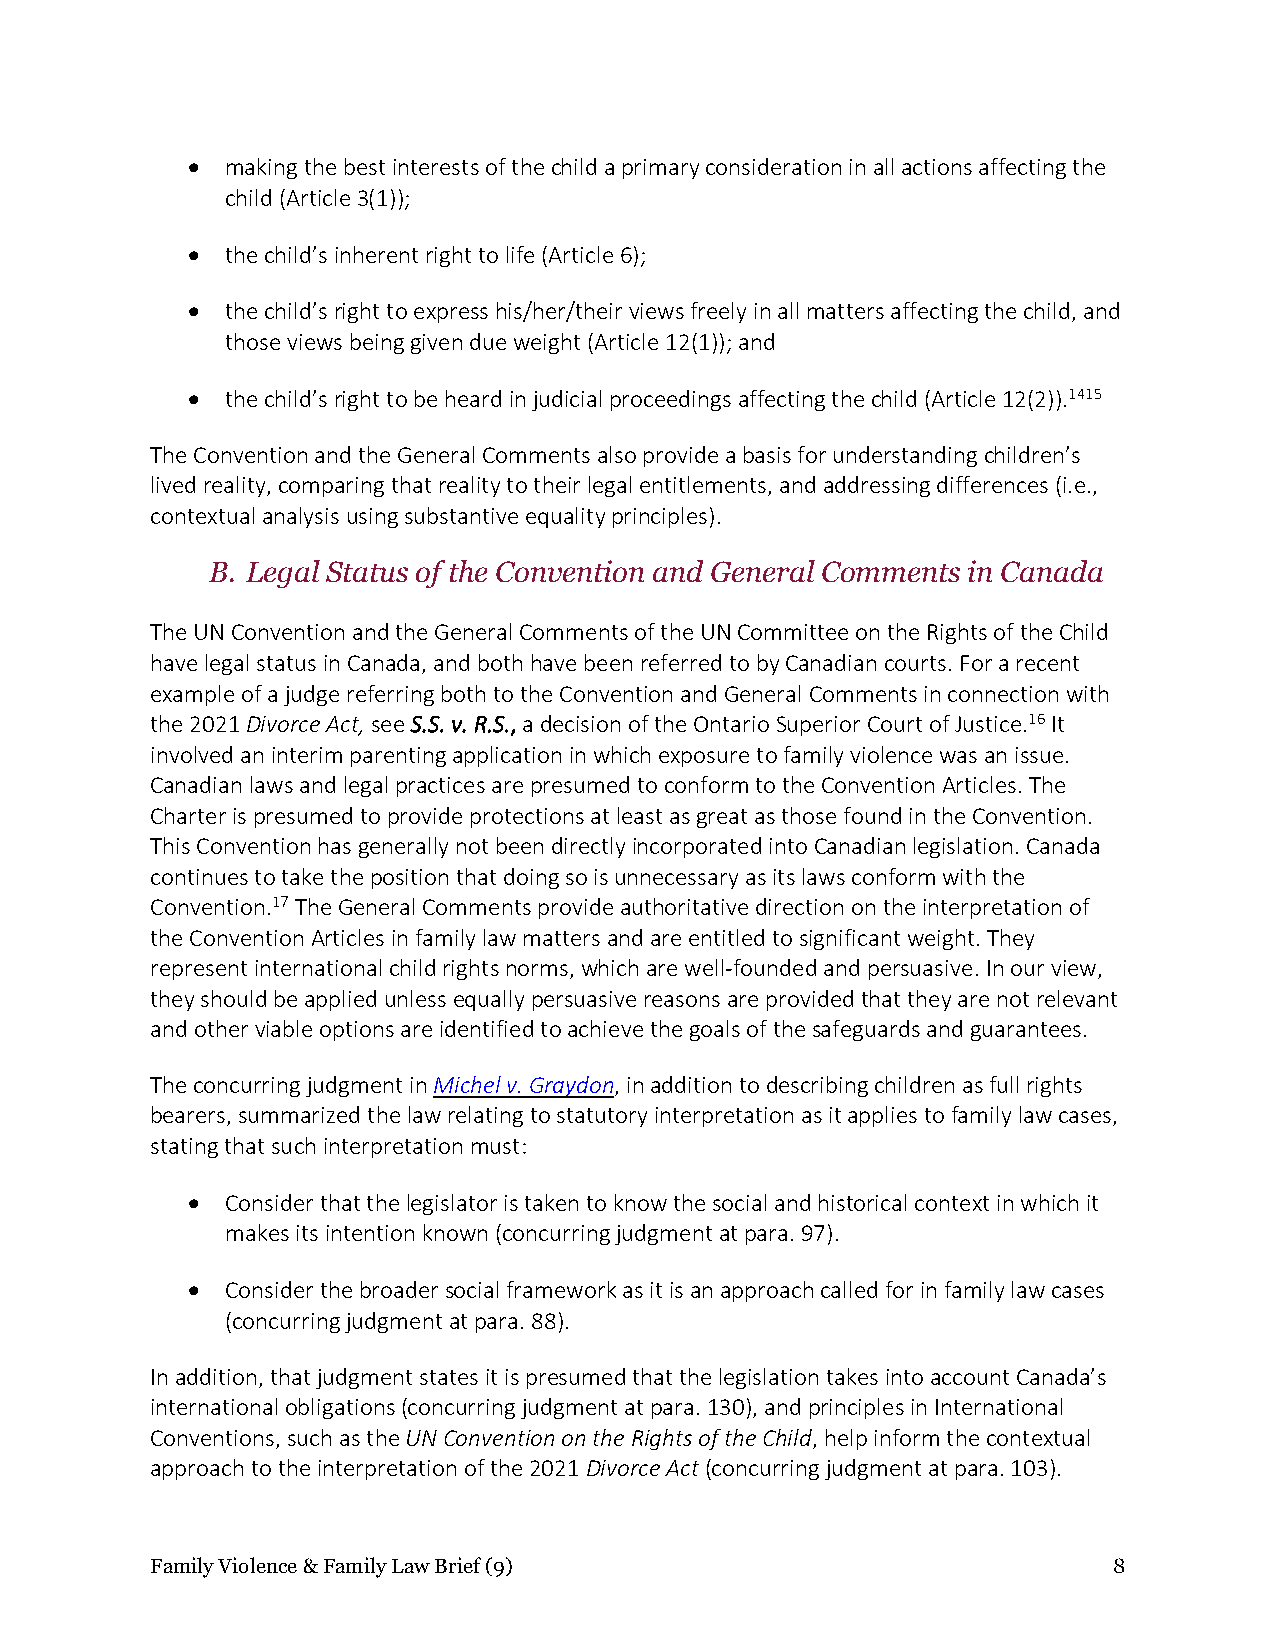
•  making the best interests of the child a primary consideration in all actions affecting the
 child (Article 3(1));
 •  the child’s inherent right to life (Article 6);
 •  the child’s right to express his/her/their views freely in all matters affecting the child, and
 those views being given due weight (Article 12(1)); and
 •  the child’s right to be heard in judicial proceedings affecting the child (Article 12(2)).1415
 The Convention and the General Comments also provide a basis for understanding children’s
 lived reality, comparing that reality to their legal entitlements, and addressing differences (i.e.,
 contextual analysis using substantive equality principles).
 B. Legal Status of the Convention and General Comments in Canada
 The UN Convention and the General Comments of the UN Committee on the Rights of the Child
 have legal status in Canada, and both have been referred to by Canadian courts. For a recent
 example of a judge referring both to the Convention and General Comments in connection with
 the 2021 Divorce Act, see S.S. v. R.S., a decision of the Ontario Superior Court of Justice.16 It
 involved an interim parenting application in which exposure to family violence was an issue.
 Canadian laws and legal practices are presumed to conform to the Convention Articles. The
 Charter is presumed to provide protections at least as great as those found in the Convention.
 This Convention has generally not been directly incorporated into Canadian legislation. Canada
 continues to take the position that doing so is unnecessary as its laws conform with the
 Convention.17 The General Comments provide authoritative direction on the interpretation of
 the Convention Articles in family law matters and are entitled to significant weight. They
 represent international child rights norms, which are well-founded and persuasive. In our view,
 they should be applied unless equally persuasive reasons are provided that they are not relevant
 and other viable options are identified to achieve the goals of the safeguards and guarantees.
 The concurring judgment in Michel v. Graydon, in addition to describing children as full rights
 bearers, summarized the law relating to statutory interpretation as it applies to family law cases,
 stating that such interpretation must:
 •  Consider that the legislator is taken to know the social and historical context in which it
 makes its intention known (concurring judgment at para. 97).
 •  Consider the broader social framework as it is an approach called for in family law cases
 (concurring judgment at para. 88).
 In addition, that judgment states it is presumed that the legislation takes into account Canada’s
 international obligations (concurring judgment at para. 130), and principles in International
 Conventions, such as the UN Convention on the Rights of the Child, help inform the contextual
 approach to the interpretation of the 2021 Divorce Act (concurring judgment at para. 103).
 Family Violence & Family Law Brief (9)                          8